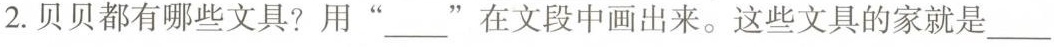
2. 贝贝都有哪些文具？用” ___”在文段中画出来。这些文具的家就是___